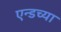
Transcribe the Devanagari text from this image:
एन्डच्या